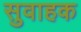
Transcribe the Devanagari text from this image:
सुवाहक